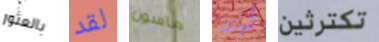
بالعثور لقد ماسون أليوت تكترثين